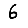
Digit: 6